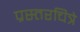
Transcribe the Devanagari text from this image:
प्रस्तरचित्रे